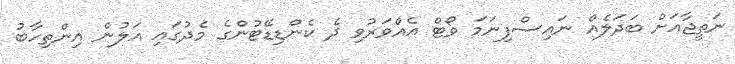
ނަތީޖާއަށް ބަދަލެއް ނައިސްފިނަމަ ވޯޓް އެއްވަރުވި ދެ ކެންޑިޑޭޓުންގެ މެދުގައި އަލުން އިންތިހާބު